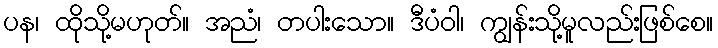
ပန၊ ထိုသို့မဟုတ်။ အညံ၊ တပါးသော။ ဒီပံဝါ၊ ကျွန်းသို့မူလည်းဖြစ်စေ။